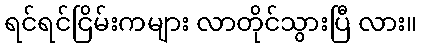
ရင်ရင်ငြိမ်းကများ လာတိုင်သွားပြီ လား။